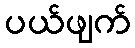
ပယ်ဖျက်